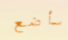
سأضع